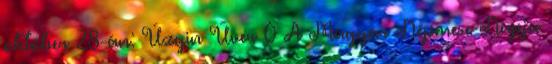
október 28-án: Úzgin Űver 0 A Magyar Népmese Napja